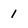
Character: 1